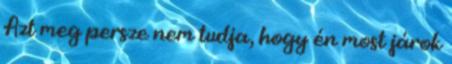
Azt meg persze nem tudja, hogy én most járok